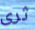
ثرى